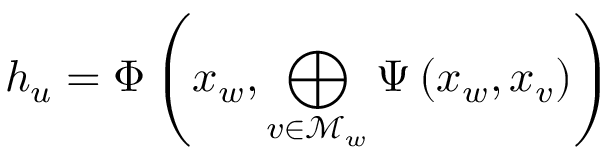
h _ { u } = \Phi \left( x _ { w } , \bigoplus _ { v \in \mathcal { M } _ { w } } \Psi \left( x _ { w } , x _ { v } \right) \right)